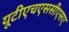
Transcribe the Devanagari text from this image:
यूटीएचएससीएसए